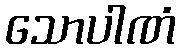
သောပါဏံ